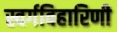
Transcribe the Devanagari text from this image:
स्वर्गविहारिणी